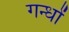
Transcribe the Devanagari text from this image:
गन्धों